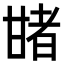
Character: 𤯈